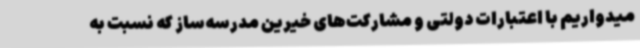
میدواریم با اعتبارات دولتی و مشارکت‌های خیرین مدرسه‌ساز که نسبت به